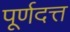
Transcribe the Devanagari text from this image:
पूर्णदत्त